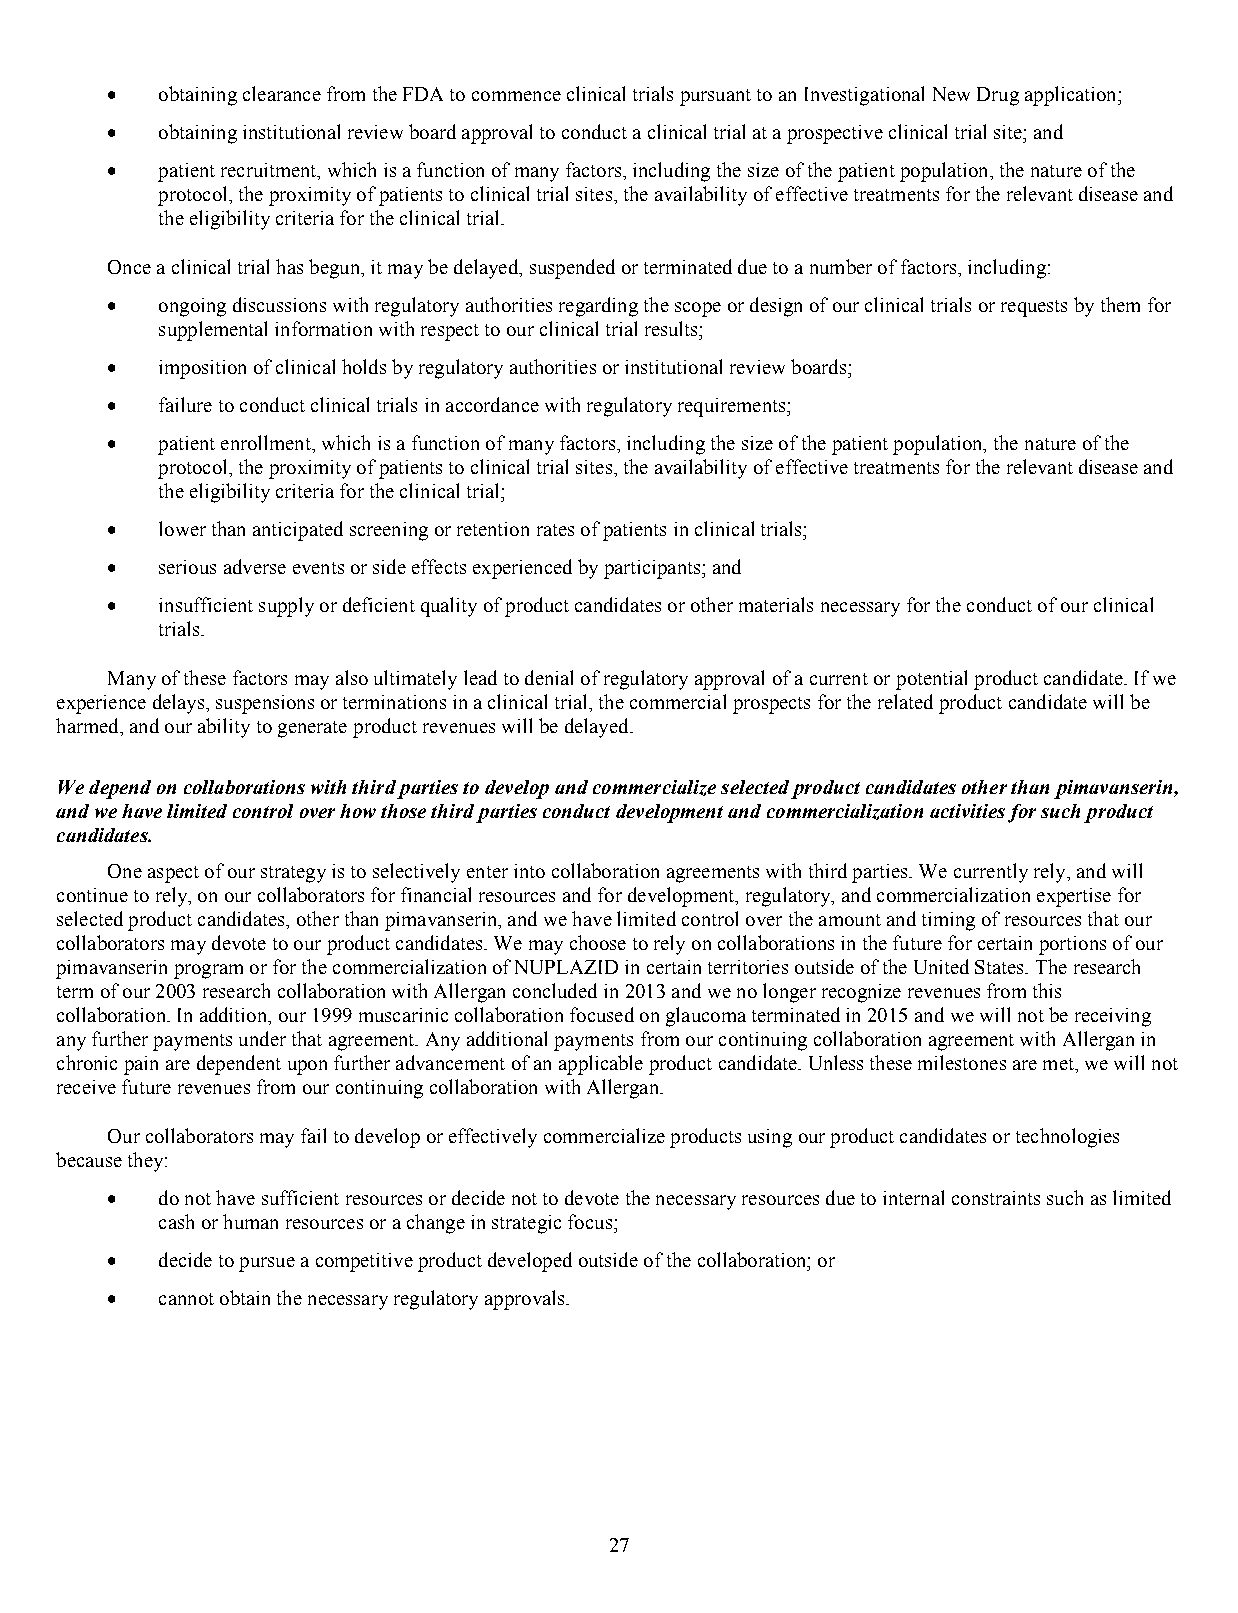
  obtaining clearance from the FDA to commence clinical trials pursuant to an Investigational New Drug application;
   obtaining institutional review board approval to conduct a clinical trial at a prospective clinical trial site; and
   patient recruitment, which is a function of many factors, including the size of the patient population, the nature of the
 protocol, the proximity of patients to clinical trial sites, the availability of effective treatments for the relevant disease and
 the eligibility criteria for the clinical trial.
 Once a clinical trial has begun, it may be delayed, suspended or terminated due to a number of factors, including:
   ongoing discussions with regulatory authorities regarding the scope or design of our clinical trials or requests by them for
 supplemental information with respect to our clinical trial results;
   imposition of clinical holds by regulatory authorities or institutional review boards;
   failure to conduct clinical trials in accordance with regulatory requirements;
   patient enrollment, which is a function of many factors, including the size of the patient population, the nature of the
 protocol, the proximity of patients to clinical trial sites, the availability of effective treatments for the relevant disease and
 the eligibility criteria for the clinical trial;
   lower than anticipated screening or retention rates of patients in clinical trials;
   serious adverse events or side effects experienced by participants; and
   insufficient supply or deficient quality of product candidates or other materials necessary for the conduct of our clinical
 trials.
 Many of these factors may also ultimately lead to denial of regulatory approval of a current or potential product candidate. If we
 experience delays, suspensions or terminations in a clinical trial, the commercial prospects for the related product candidate will be
 harmed, and our ability to generate product revenues will be delayed.
 We depend on collaborations with third parties to develop and commercialize selected product candidates other than pimavanserin,
 and we have limited control over how those third parties conduct development and commercialization activities for such product
 candidates.
 One aspect of our strategy is to selectively enter into collaboration agreements with third parties. We currently rely, and will
 continue to rely, on our collaborators for financial resources and for development, regulatory, and commercialization expertise for
 selected product candidates, other than pimavanserin, and we have limited control over the amount and timing of resources that our
 collaborators may devote to our product candidates. We may choose to rely on collaborations in the future for certain portions of our
 pimavanserin program or for the commercialization of NUPLAZID in certain territories outside of the United States. The research
 term of our 2003 research collaboration with Allergan concluded in 2013 and we no longer recognize revenues from this
 collaboration. In addition, our 1999 muscarinic collaboration focused on glaucoma terminated in 2015 and we will not be receiving
 any further payments under that agreement. Any additional payments from our continuing collaboration agreement with Allergan in
 chronic pain are dependent upon further advancement of an applicable product candidate. Unless these milestones are met, we will not
 receive future revenues from our continuing collaboration with Allergan.
 Our collaborators may fail to develop or effectively commercialize products using our product candidates or technologies
 because they:
   do not have sufficient resources or decide not to devote the necessary resources due to internal constraints such as limited
 cash or human resources or a change in strategic focus;
   decide to pursue a competitive product developed outside of the collaboration; or
   cannot obtain the necessary regulatory approvals.
 27